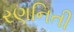
રણનિતી